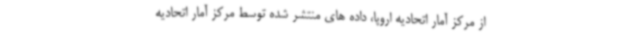
از مرکز آمار اتحادیه اروپا، داده های منتشر شده توسط مرکز آمار اتحادیه